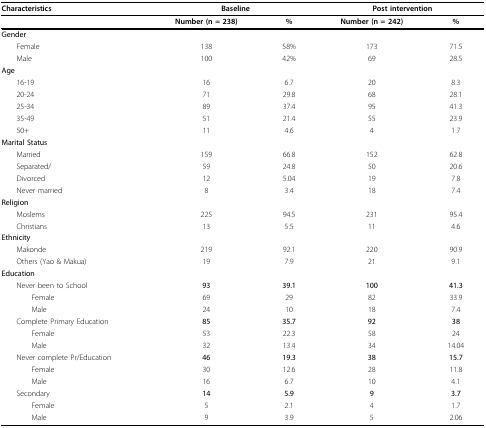
<table><thead><tr><td><b>Characteristics</b></td><td colspan="2"><b>Baseline</b></td><td colspan="2"><b>Post intervention</b></td></tr></thead><tbody><tr><td></td><td><b>Number (n = 238)</b></td><td><b>%</b></td><td><b>Number (n = 242)</b></td><td><b>%</b></td></tr><tr><td><i><b>Gender</b></i></td><td></td><td></td><td></td><td></td></tr><tr><td> Female</td><td>138</td><td>58%</td><td>173</td><td>71.5</td></tr><tr><td> Male</td><td>100</td><td>42%</td><td>69</td><td>28.5</td></tr><tr><td><i><b>Age</b></i></td><td></td><td></td><td></td><td></td></tr><tr><td> 16-19</td><td>16</td><td>6.7</td><td>20</td><td>8.3</td></tr><tr><td> 20-24</td><td>71</td><td>29.8</td><td>68</td><td>28.1</td></tr><tr><td> 25-34</td><td>89</td><td>37.4</td><td>95</td><td>41.3</td></tr><tr><td> 35-49</td><td>51</td><td>21.4</td><td>55</td><td>23.9</td></tr><tr><td> 50+</td><td>11</td><td>4.6</td><td>4</td><td>1.7</td></tr><tr><td><b>Marital Status</b></td><td></td><td></td><td></td><td></td></tr><tr><td> Married</td><td>159</td><td>66.8</td><td>152</td><td>62.8</td></tr><tr><td> Separated/</td><td>59</td><td>24.8</td><td>50</td><td>20.6</td></tr><tr><td> Divorced</td><td>12</td><td>5.04</td><td>19</td><td>7.8</td></tr><tr><td> Never married</td><td>8</td><td>3.4</td><td>18</td><td>7.4</td></tr><tr><td><b>Religion</b></td><td></td><td></td><td></td><td></td></tr><tr><td> Moslems</td><td>225</td><td>94.5</td><td>231</td><td>95.4</td></tr><tr><td> Christians</td><td>13</td><td>5.5</td><td>11</td><td>4.6</td></tr><tr><td><b>Ethnicity</b></td><td></td><td></td><td></td><td></td></tr><tr><td> Makonde</td><td>219</td><td>92.1</td><td>220</td><td>90.9</td></tr><tr><td> Others (Yao &amp; Makua)</td><td>19</td><td>7.9</td><td>21</td><td>9.1</td></tr><tr><td><b>Education</b></td><td></td><td></td><td></td><td></td></tr><tr><td> Never been to School</td><td><b>93</b></td><td><b>39.1</b></td><td><b>100</b></td><td><b>41.3</b></td></tr><tr><td>Female</td><td>69</td><td>29</td><td>82</td><td>33.9</td></tr><tr><td>Male</td><td>24</td><td>10</td><td>18</td><td>7.4</td></tr><tr><td> Complete Primary Education</td><td><b>85</b></td><td><b>35.7</b></td><td><b>92</b></td><td><b>38</b></td></tr><tr><td>Female</td><td>53</td><td>22.3</td><td>58</td><td>24</td></tr><tr><td>Male</td><td>32</td><td>13.4</td><td>34</td><td>14.04</td></tr><tr><td> Never complete Pr/Education</td><td><b>46</b></td><td><b>19.3</b></td><td><b>38</b></td><td><b>15.7</b></td></tr><tr><td>Female</td><td>30</td><td>12.6</td><td>28</td><td>11.8</td></tr><tr><td>Male</td><td>16</td><td>6.7</td><td>10</td><td>4.1</td></tr><tr><td> Secondary</td><td><b>14</b></td><td><b>5.9</b></td><td><b>9</b></td><td><b>3.7</b></td></tr><tr><td>Female</td><td>5</td><td>2.1</td><td>4</td><td>1.7</td></tr><tr><td>Male</td><td>9</td><td>3.9</td><td>5</td><td>2.06</td></tr></tbody></table>